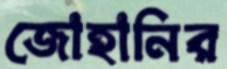
জোহানির